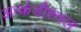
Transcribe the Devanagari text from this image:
अन्कंडीश्नल